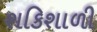
શકિશાળી